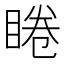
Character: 睠